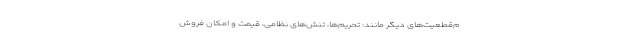
م‌قطعیت‌های دیگر مانند: تحریم‌ها، تنش‌های نظامی، قیمت و امکان فروش